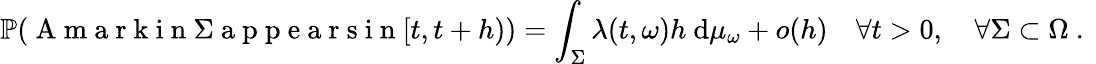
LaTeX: \mathbb{P}(\mathrm{~A~m~a~r~k~i~n~}\Sigma\mathrm{~a~p~p~e~a~r~s~i~n~}[t,t+h))=\int_{\Sigma}\lambda(t,\omega)h\mathrm{~d}\mu_{\omega}+o(h)\quad\forall t>0,\quad\forall\Sigma\subset\Omega\mathrm{~.~}